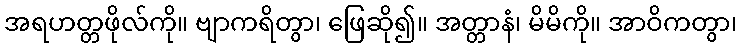
အရဟတ္တဖိုလ်ကို။ ဗျာကရိတွာ၊ ဖြေဆို၍။ အတ္တာနံ၊ မိမိကို။ အာဝိကတွာ၊